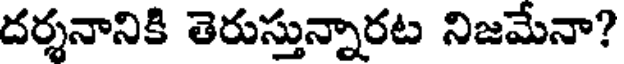
దర్శనానికి తెరుస్తున్నారట నిజమేనా?